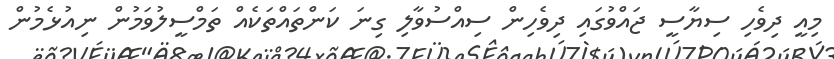
މިއީ ދިވެހި ސިޔާސީ ޖައްވުގައި ދިވެހިން ސިއްސުވާލި ގިނަ ކަންތައްތަކެއް ތަމްސީލުވަމުން ނިއުޅެމުން